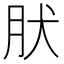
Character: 肰